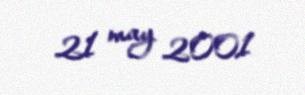
21 may 2001